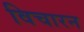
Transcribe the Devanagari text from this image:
विचारन